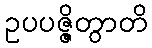
ဥပပဇ္ဇိတွာတိ